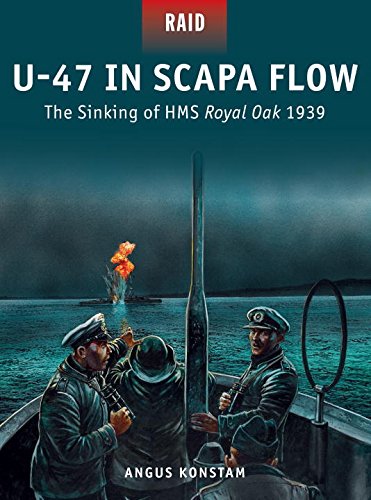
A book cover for U-47 in Scapa Flow - The Sinking of HMS Royal Oak 1939 (Raid); Angus Konstam; History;